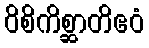
ဝိစိကိစ္ဆာတိဧဝံ